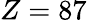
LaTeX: Z=87